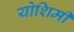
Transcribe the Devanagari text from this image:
योशिमी